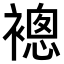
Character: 𧜢